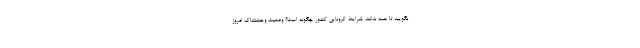
بگویید تا همه بدانند شرایط کرونایی کشور چگونه است؟ وضعیت وحشتناک امروز